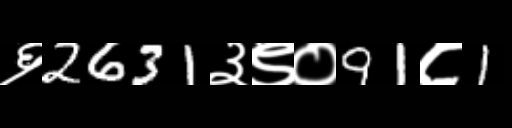
Text: ६2631३९०91८1